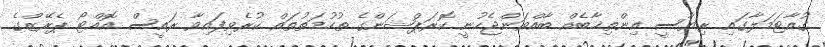
ގުއާޓަމަލާގައި ރިޔާސީ އިންތިޚާބެއް ބާއްވަންޖެހުނީ ކޮރަޕްޝަންގެ ތުހުމަތުތައް ކުރެވިފައިވާ ރައީސް އޮއްޓޯ ޕެރޭޒްގެ